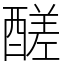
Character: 醝